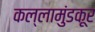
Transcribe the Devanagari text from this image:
कल्लामुंडकूर